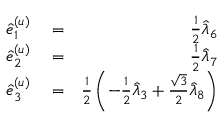
\begin{array} { r l r } { \hat { e } _ { 1 } ^ { ( u ) } } & { { } = } & { \frac { 1 } { 2 } \hat { \lambda } _ { 6 } } \\ { \hat { e } _ { 2 } ^ { ( u ) } } & { { } = } & { \frac { 1 } { 2 } \hat { \lambda } _ { 7 } } \\ { \hat { e } _ { 3 } ^ { ( u ) } } & { { } = } & { \frac { 1 } { 2 } \left( - \frac { 1 } { 2 } \hat { \lambda } _ { 3 } + \frac { \sqrt { 3 } } { 2 } \hat { \lambda } _ { 8 } \right) } \end{array}